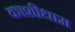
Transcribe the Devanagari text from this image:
काशीधाम